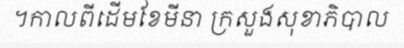
។កាលពីដើមខែមីនា ក្រសួងសុខាភិបាល